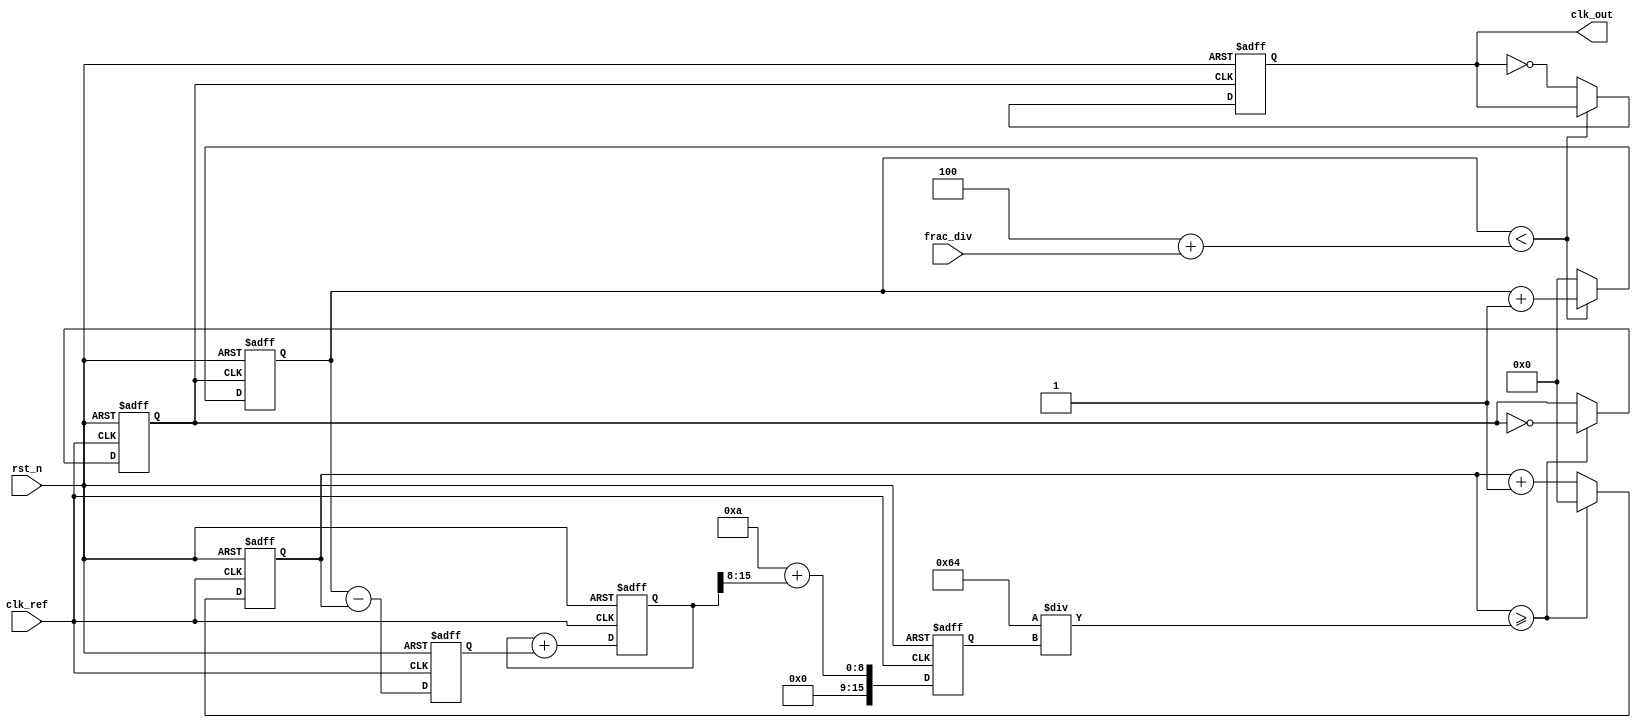
module frac_n_pll (
    input wire clk_ref,          // Reference clock input
    input wire rst_n,           // Active low reset
    input wire [15:0] frac_div, // Fractional division ratio
    output reg clk_out          // Output clock signal
);

    // Parameters
    parameter N = 4;            // Integer division part
    parameter VCO_MAX_FREQ = 100; // Max VCO frequency in MHz
    parameter VCO_MIN_FREQ = 10;  // Min VCO frequency in MHz

    // Internal signals
    reg [15:0] phase_error;      // Phase error signal from PD
    reg [15:0] control_voltage;   // Control voltage for VCO
    reg [15:0] vco_freq;          // VCO frequency
    reg [15:0] feedback_div;      // Feedback divider output
    reg [15:0] vco_counter;       // VCO counter
    reg [15:0] feedback_counter;  // Feedback counter
    reg clk_vco;                  // VCO clock signal

    // Phase Detector (PD)
    always @(posedge clk_ref or negedge rst_n) begin
        if (!rst_n) begin
            phase_error <= 0;
        end else begin
            // Simple phase error calculation (for demonstration)
            phase_error <= feedback_counter - vco_counter;
        end
    end

    // Loop Filter (LF)
    always @(posedge clk_ref or negedge rst_n) begin
        if (!rst_n) begin
            control_voltage <= 0;
        end else begin
            // Simple low-pass filter (for demonstration)
            control_voltage <= control_voltage + phase_error;
        end
    end

    // Voltage-Controlled Oscillator (VCO)
    always @(posedge clk_ref or negedge rst_n) begin
        if (!rst_n) begin
            vco_freq <= VCO_MIN_FREQ;
            vco_counter <= 0;
            clk_vco <= 0;
        end else begin
            // Adjust VCO frequency based on control voltage
            vco_freq <= VCO_MIN_FREQ + (control_voltage >> 8); // Scale control voltage
            if (vco_counter >= (VCO_MAX_FREQ / vco_freq)) begin
                clk_vco <= ~clk_vco; // Toggle VCO clock
                vco_counter <= 0;
            end else begin
                vco_counter <= vco_counter + 1;
            end
        end
    end

    // Frequency Divider (Fractional Divider)
    always @(posedge clk_vco or negedge rst_n) begin
        if (!rst_n) begin
            feedback_counter <= 0;
            clk_out <= 0;
        end else begin
            // Simple fractional division logic
            if (feedback_counter < (N + frac_div)) begin
                feedback_counter <= feedback_counter + 1;
            end else begin
                clk_out <= ~clk_out; // Toggle output clock
                feedback_counter <= 0;
            end
        end
    end

endmodule